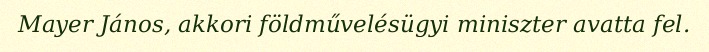
Mayer János, akkori földművelésügyi miniszter avatta fel.